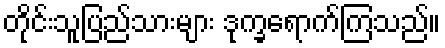
တိုင်းသူပြည်သားများ ဒုက္ခရောက်ကြသည်။